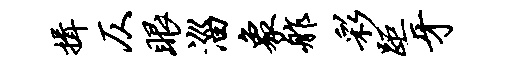
揖仄眼淄象舴彩距牙